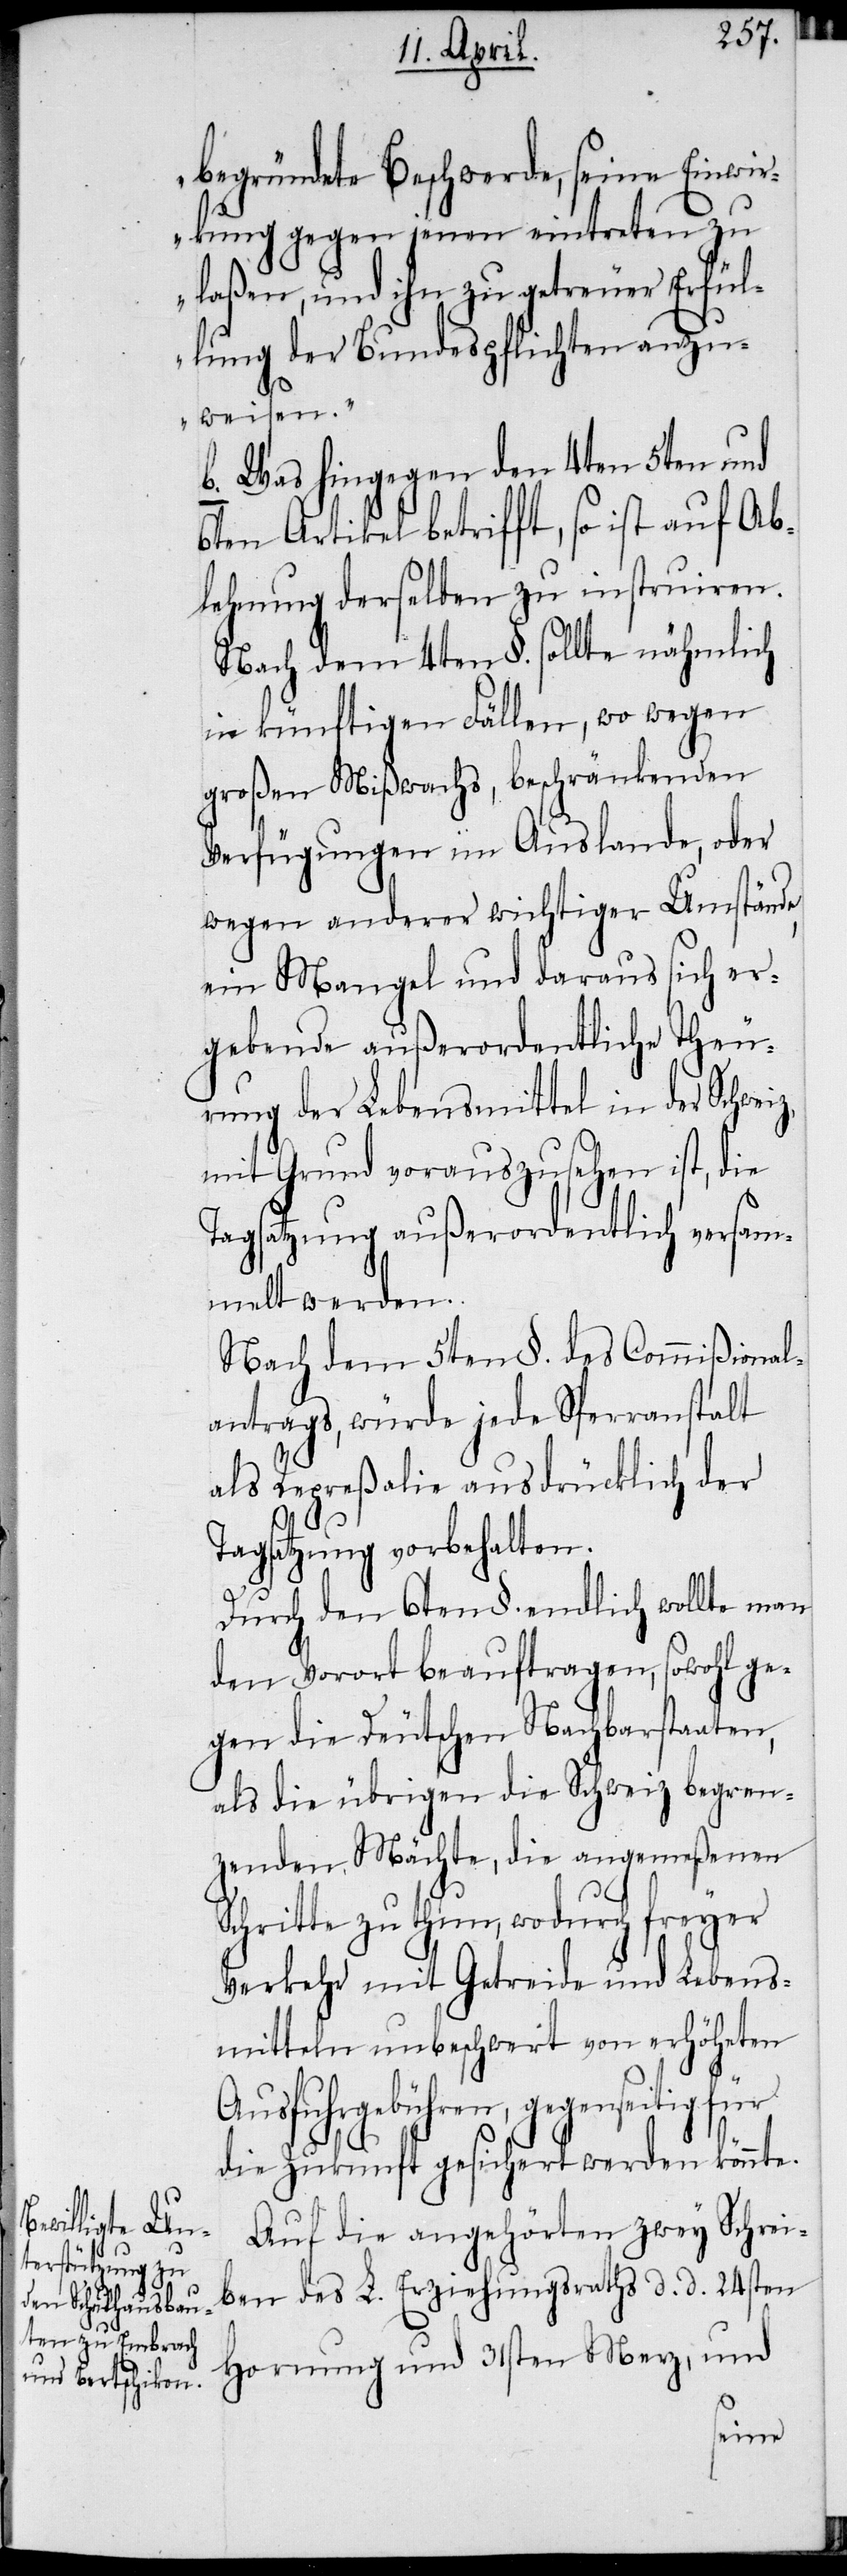
begründete Beschwerde, seine Einwir¬
kung gegen jenen eintreten zu
laßen, und ihn zu getreuer Erfül¬
lung der Bundespflichten anzu¬
weisen.“
b. Was hingegen den 4ten 5ten und
6ten Artikel betrifft, so ist auf Ab¬
lehnung derselben zu instruiren.
Nach dem 4ten §. sollte nähmlich
in künftigen Fällen, wo wegen
großen Mißwachs, beschränkenden
Verfügungen im Auslande, oder
wegen anderer wichtiger Umstände,
ein Mangel und daraus sich er¬
gebende außerordentliche Theu¬
rung der Lebensmittel in der Schwei¬
mit Grund vorauszusehen ist, die
Tagsatzung außerordentlich versam¬
melt werden.
Nach dem 5ten §. des Commißional¬
antrags, würde jede Sperranstalt
als Repreßalie ausdrücklich der
Tagsatzung vorbehalten.
Durch den 6ten §. endlich wollte man
den Vorort beauftragen, sowohl ge¬
gen die Deutschen Nachbarstaaten,
als die übrigen die Schweiz begren¬
zenden Mächte, die angemeßenen
z,
Schritte zu thun, wodurch freyer
Verkehr mit Getreide und Lebens¬
mitteln unbeschwert von erhöheten
Ausfuhrgebühren, gesichert
Auf die angehörten zwey Schrei¬
ben des L. Erziehungsraths d. d. 24sten
Hornung und 31sten Merz, und